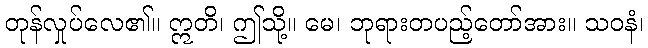
တုန်လှုပ်လေ၏။ ဣတိ၊ ဤသို့။ မေ၊ ဘုရားတပည့်တော်အား။ သဝနံ၊